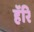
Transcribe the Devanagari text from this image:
हॅरि